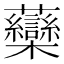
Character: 虊